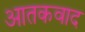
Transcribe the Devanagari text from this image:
आतकवाद